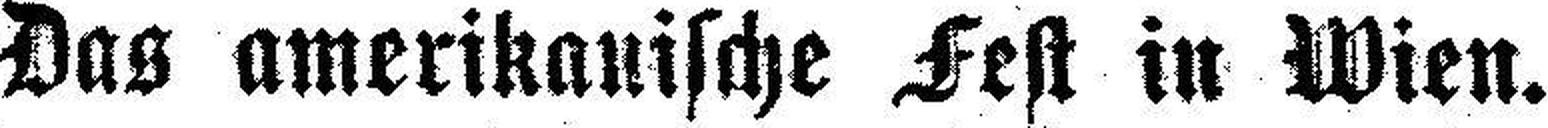
Das amerikanische Fest in Wien.